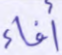
أفاء